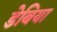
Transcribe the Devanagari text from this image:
डेबिया